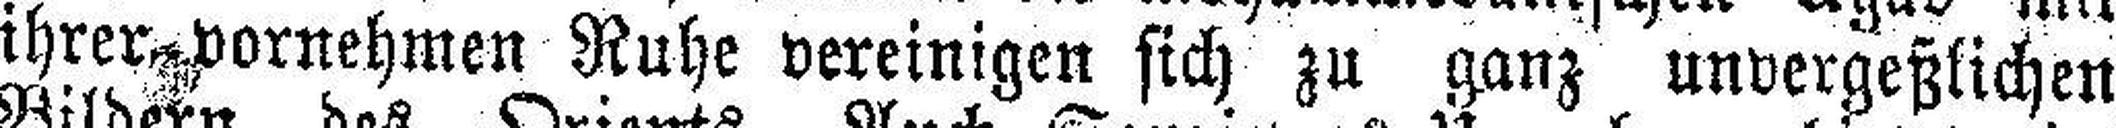
ihrer vornehmen Ruhe vereinigen sich zu ganz unvergeßlichen